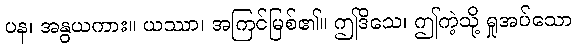
ပန၊ အနွယကား။ ယဿာ၊ အကြင်မြစ်၏။ ဤဒိသေ၊ ဤကဲ့သို့ ရှုအပ်သော